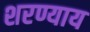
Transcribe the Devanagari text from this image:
शरण्याय